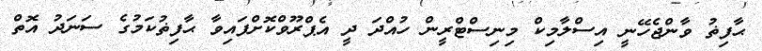
ޙާފިޡު ވާންޖެހޭނީ އިސްލާމިކް މިނިސްޓްރީން ހުއްދަ ދީ އެޕްރޫވްކޮށްފައިވާ ޙާފިޡުކަމުގެ ސަނަދު އޮތް